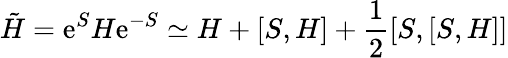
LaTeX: \tilde{H}=\mathrm{e}^{S}H\mathrm{e}^{-S}\simeq H+[S,H]+\frac{1}{2}[S,[S,H]]